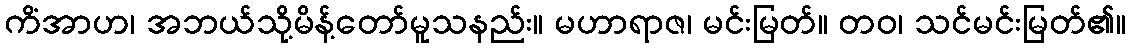
ကိံအာဟ၊ အဘယ်သို့မိန့်တော်မူသနည်း။ မဟာရာဇ၊ မင်းမြတ်။ တဝ၊ သင်မင်းမြတ်၏။